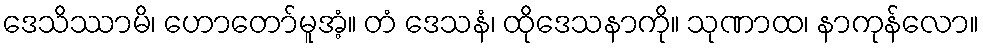
ဒေသိဿာမိ၊ ဟောတော်မူအံ့။ တံ ဒေသနံ၊ ထိုဒေသနာကို။ သုဏာထ၊ နာကုန်လော။